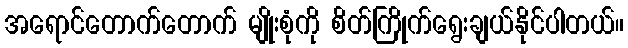
အရောင်တောက်တောက် မျိုးစုံကို စိတ်ကြိုက်ရွေးချယ်နိုင်ပါတယ်။